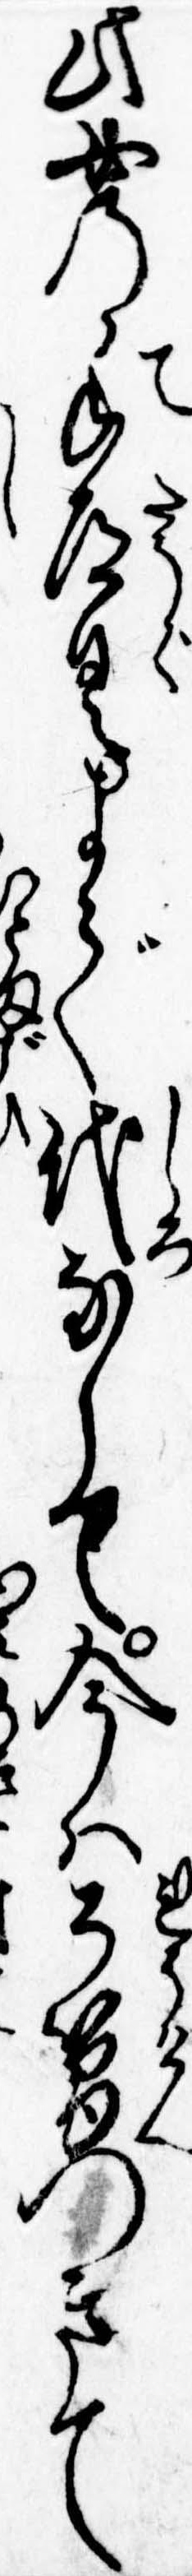
此女の手道具まで代なして今は了簡つきて